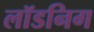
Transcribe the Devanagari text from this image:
लॉडनिग